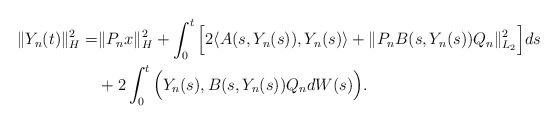
\begin{align*}\Vert Y_n(t) \Vert_H^2 = & \Vert P_n x \Vert_H^2 + \int_0^t \Big[ 2\langle A(s, Y_n(s)), Y_n(s) \rangle +\Vert P_n B(s,Y_n(s))Q_n \Vert_{L_2}^2 \Big] ds \\& + 2\int_0^t \Big( Y_n(s), B(s,Y_n(s))Q_n dW(s) \Big) .\end{align*}